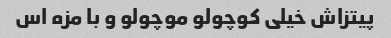
پیتزاش خیلی کوچولو موچولو و با مزه اس